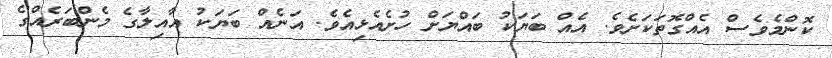
ކޮންމެވެސް އެއްގޮތަކަށެވެ. އެއް ބަޔަކު ބައްޔަށް ހުށެއެޅިއެވެ. އަނެއް ބަޔަކު އާއިލާގެ މެންބަރެއްގެ